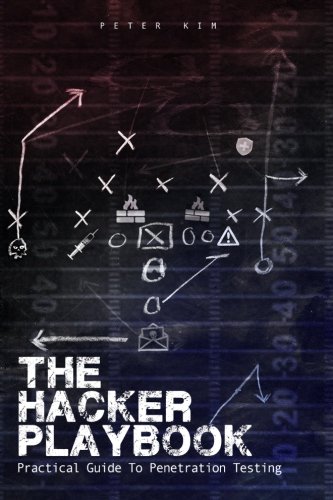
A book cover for The Hacker Playbook: Practical Guide To Penetration Testing; Peter Kim; Computers & Technology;